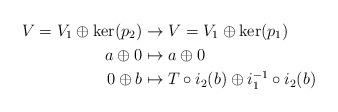
LaTeX: \begin{align*}V = V_1 \oplus \ker(p_2) &\rightarrow V = V_1 \oplus \ker(p_1) \\a \oplus 0 &\mapsto a \oplus 0 \\0 \oplus b &\mapsto T \circ i_2(b) \oplus i_1^{-1} \circ i_2(b) \end{align*}